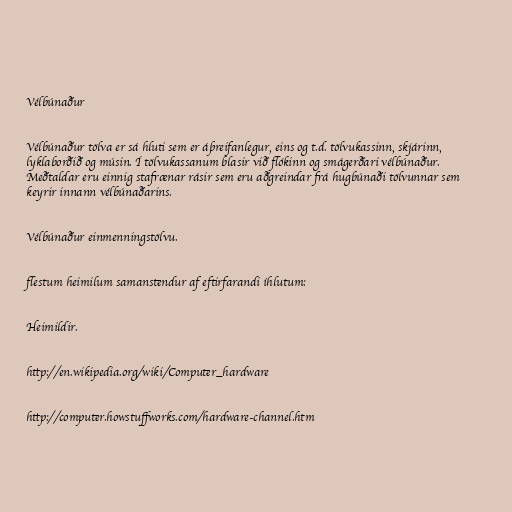
Vélbúnaður

Vélbúnaður tölva er sá hluti sem er áþreifanlegur, eins og t.d. tölvukassinn, skjárinn,
lyklaborðið og músin. Í tölvukassanum blasir við flókinn og smágerðari vélbúnaður.
Meðtaldar eru einnig stafrænar rásir sem eru aðgreindar frá hugbúnaði tölvunnar sem
keyrir innann vélbúnaðarins.

Vélbúnaður einmenningstölvu.

flestum heimilum samanstendur af eftirfarandi íhlutum:

Heimildir.

http://en.wikipedia.org/wiki/Computer_hardware

http://computer.howstuffworks.com/hardware-channel.htm